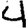
Digit: 4